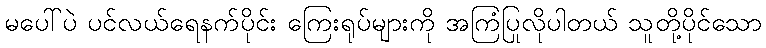
မပေါ်ပဲ ပင်လယ်ရေနက်ပိုင်း ကြေးရုပ်များကို အကြံပြုလိုပါတယ် သူတို့ပိုင်သော